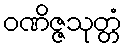
ဝဏိဇ္ဇသုတ္တံ